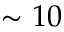
\sim 1 0